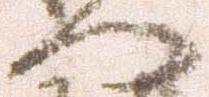
門